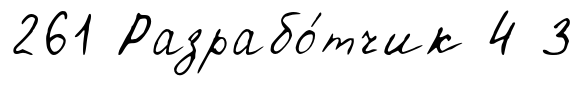
261 Разрабо́тчик 4 3